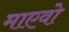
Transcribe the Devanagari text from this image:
माएवो